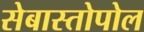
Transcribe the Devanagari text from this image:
सेबास्तोपोल